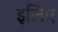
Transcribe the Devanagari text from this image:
इलिए